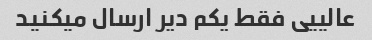
عالییی فقط یکم دیر ارسال میکنید